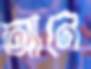
আনে